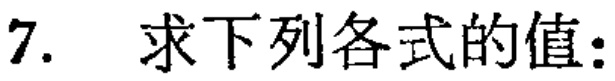
7. 求下列各式的值：